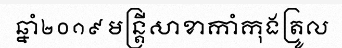
ឆ្នាំ២០១៩ មន្ត្រីសាខាកាំកុងត្រូល